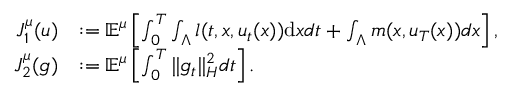
\begin{array} { r l } { J _ { 1 } ^ { \mu } ( u ) } & { : = \ensuremath { { \mathbb E } } ^ { \mu } \left[ \int _ { 0 } ^ { T } \int _ { \Lambda } l ( t , x , u _ { t } ( x ) ) \mathrm { d } x d t + \int _ { \Lambda } m ( x , u _ { T } ( x ) ) d x \right] , } \\ { J _ { 2 } ^ { \mu } ( \mathfrak { g } ) } & { : = \ensuremath { { \mathbb E } } ^ { \mu } \left[ \int _ { 0 } ^ { T } \| \mathfrak { g } _ { t } \| _ { H } ^ { 2 } d t \right] . } \end{array}